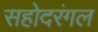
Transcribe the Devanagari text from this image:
सहोदरंगल